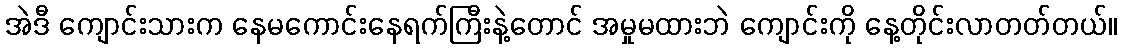
အဲဒီ ကျောင်းသားက နေမကောင်းနေရက်ကြီးနဲ့တောင် အမှုမထားဘဲ ကျောင်းကို နေ့တိုင်းလာတတ်တယ်။